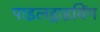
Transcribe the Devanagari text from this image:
पाइलड्राइविंग